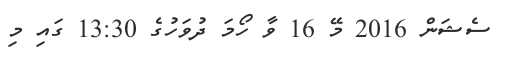
ސެޝަން 2016 މޭ 16 ވާ ހޯމަ ދުވަހުގެ 13:30 ގައި މި